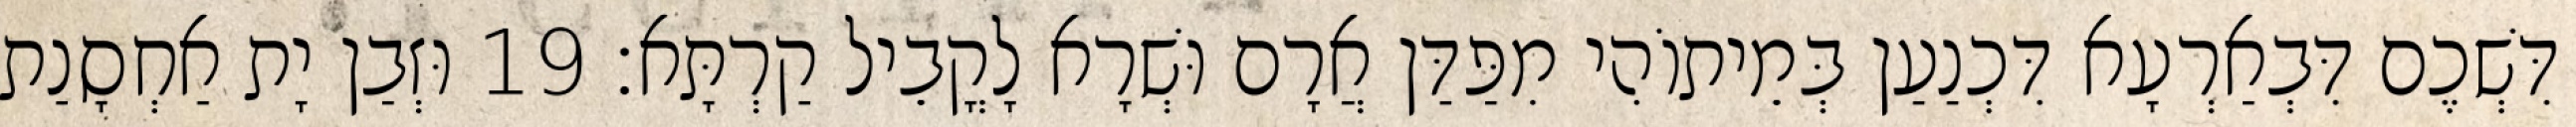
דִּשְׁכֶם דִּבְאַרְעָא דִּכְנַעַן בְּמֵיתוֹהִי מִפַּדַּן אֲרָם וּשְׁרָא לָקֳבֵיל קַרְתָּא׃ 19 וּזְבַן יָת אַחְסָנַת